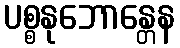
ပစ္စနုဘောန္တေန